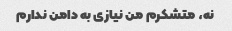
نه، متشکرم من نیازی به دامن ندارم